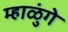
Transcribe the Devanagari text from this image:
म्हाळुंगे